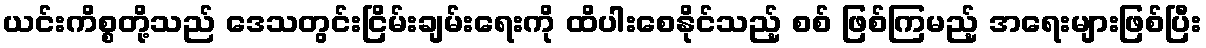
ယင်းကိစ္စတို့သည် ဒေသတွင်းငြိမ်းချမ်းရေးကို ထိပါးစေနိုင်သည့် စစ် ဖြစ်ကြမည့် အရေးများဖြစ်ပြီး